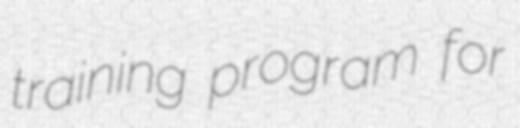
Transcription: training program for